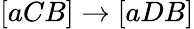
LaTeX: [aCB]\rightarrow[aDB]